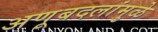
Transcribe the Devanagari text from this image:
अणूबदलांमुळे